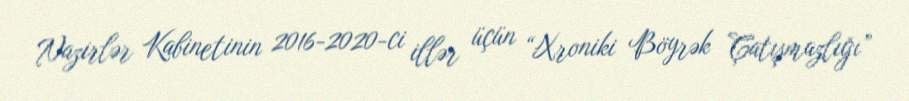
Nazirlər Kabinetinin 2016-2020-ci illər üçün “Xroniki Böyrək Çatışmazlığı”